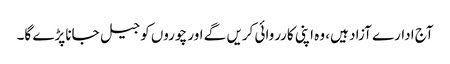
آج ادارے آزاد ہیں، وہ اپنی کارروائی کریں گے اور چوروں کو جیل جانا پڑے گا۔